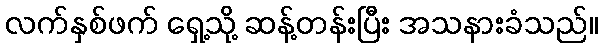
လက်နှစ်ဖက် ရှေ့သို့ ဆန့်တန်းပြီး အသနားခံသည်။